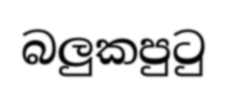
බලුකපුටු